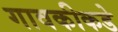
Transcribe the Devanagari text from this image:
गावकीकडे